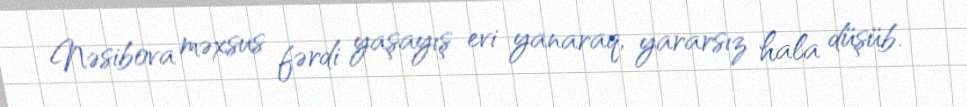
Nəsibova məxsus fərdi yaşayış evi yanaraq, yararsız hala düşüb.